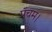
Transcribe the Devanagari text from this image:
पंचम।